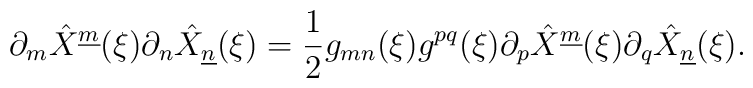
\partial_m \hat{X}^{\underline{m}}(\xi )\partial_n \hat{X}_{\underline{n}}(\xi ) = {1 \over 2}g_{mn}(\xi )g^{pq}(\xi )\partial_p \hat{X}^{\underline{m}}(\xi )\partial_q \hat{X}_{\underline{n}}(\xi ).